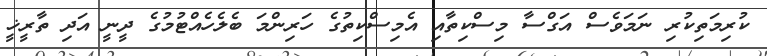
ކުރިމަތިކުރި ނަމަވެސް އަގްސާ މިސްކިތާއި އެމިސްކިތުގެ ހަރިންމަ ބެލެހެއްޓުމުގެ ދީނީ އަދި ތާރީޚީ